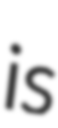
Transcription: is